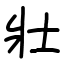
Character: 壯